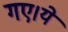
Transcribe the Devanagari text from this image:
गए।ये